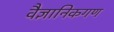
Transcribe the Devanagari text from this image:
वैज्ञानिकगण